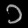
Digit: ၁